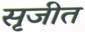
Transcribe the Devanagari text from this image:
सृजीत